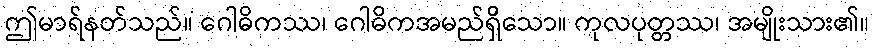
ဤမာရ်နတ်သည်။ ဂေါဓိကဿ၊ ဂေါဓိကအမည်ရှိသော။ ကုလပုတ္တဿ၊ အမျိုးသား၏။